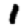
Digit: 1